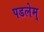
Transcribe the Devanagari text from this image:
पडलेम्